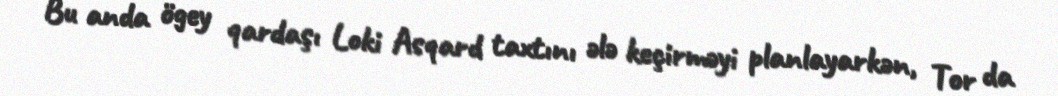
Bu anda ögey qardaşı Loki Asqard taxtını ələ keçirməyi planlayarkən, Tor da